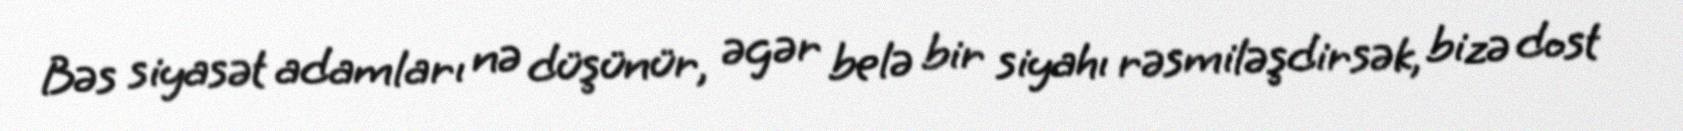
Bəs siyasət adamları nə düşünür, əgər belə bir siyahı rəsmiləşdirsək, bizə dost